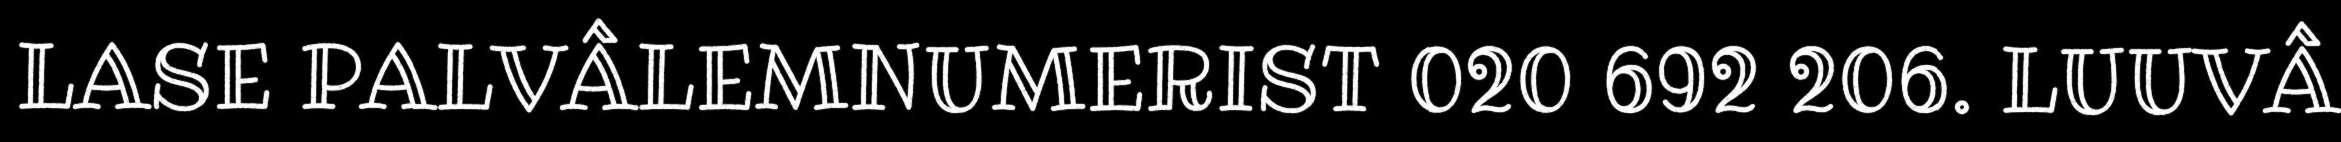
LASE PALVÂLEMNUMERIST 020 692 206. LUUVÂ